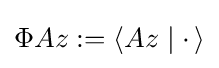
\Phi Az:=\left\langle Az\mid \cdot \,\right\rangle